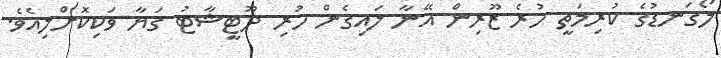
ލޯގަނޑުގެ ކުރިމަތީ ހުރެ ޒޫރިން އޭނާ ލައިގެން ހުރި ދޫޓީޝާޓު ގަޔާ ވަކިކޮށްލިއެވެ.